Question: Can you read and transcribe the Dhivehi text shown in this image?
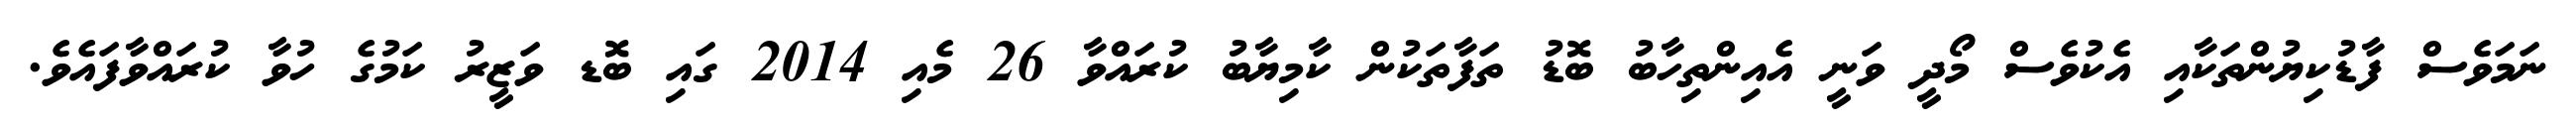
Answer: ނަމަވެސް ފާޑުކިޔުންތަކާއި އެކުވެސް މޯދީ ވަނީ އެއިންތިހާބު ބޮޑު ތަފާތަކުން ކާމިޔާބު ކުރައްވާ 26 މެއި 2014 ގައި ބޮޑ ވަޒީރު ކަމުގެ ހުވާ ކުރައްވާފައެވެ.